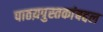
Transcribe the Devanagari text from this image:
पाठय़पुस्तकांबद्दल